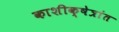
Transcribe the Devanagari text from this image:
काशीक्षेत्रांत